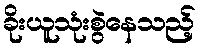
ခိုးယူသုံးစွဲနေသည့်